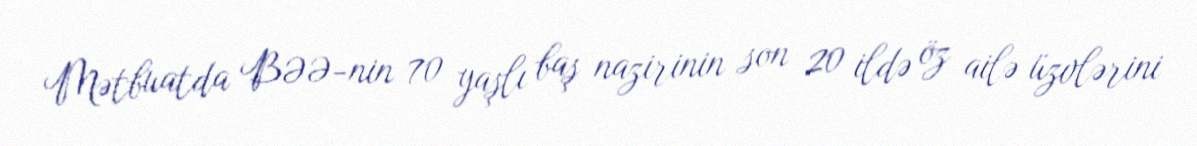
Mətbuatda BƏƏ-nin 70 yaşlı baş nazirinin son 20 ildə öz ailə üzvlərini